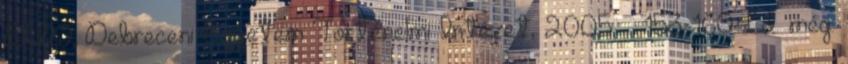
DUP; Debreceni Egyetem Történelmi Intézet, 2005. – 153-160.Ld. még: